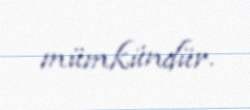
mümkündür.